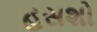
હસશો